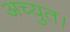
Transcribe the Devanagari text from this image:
अच्युत।